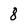
Character: 8